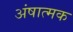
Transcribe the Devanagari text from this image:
अंषात्मक